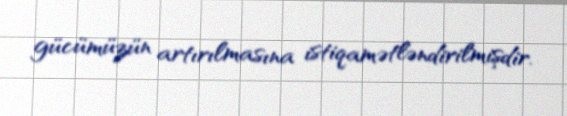
gücümüzün artırılmasına istiqamətləndirilmişdir.